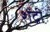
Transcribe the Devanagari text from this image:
शेंद्री